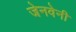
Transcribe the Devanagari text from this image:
जेनवेनी